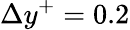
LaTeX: \Delta y^{+}=0.2